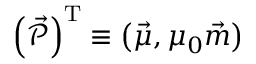
\left( \vec { \mathcal { P } } \right) ^ { \mathrm { T } } \equiv \left( \vec { \mu } , \mu _ { 0 } \vec { m } \right)